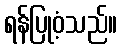
ရန်ပြုဝံ့သည်။